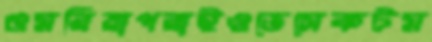
গুমরিয়াপরাইওভেসেকটম